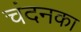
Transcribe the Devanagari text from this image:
चंदनका